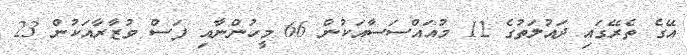
އޭގެ ތެރޭގައި ދައުލަތުގެ 12 މުއައްސަސާއަކުން 66 މީހުންނާއި ފަސް ވުޒާރާއަކުން 23